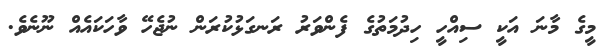
މީގެ މާނަ އަކީ ސިއްހީ ހިދުމަތުގެ ފެންވަރު ރަނގަޅުކުރަން ނުޖެހޭ ވާހަކައެއް ނޫނެވެ.